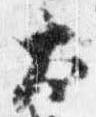
太